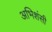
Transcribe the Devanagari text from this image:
अभिशंसी